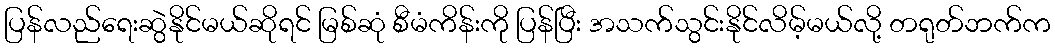
ပြန်လည်ရေးဆွဲနိုင်မယ်ဆိုရင် မြစ်ဆုံ စီမံကိန်းကို ပြန်ပြီး အသက်သွင်းနိုင်လိမ့်မယ်လို့ တရုတ်ဘက်က